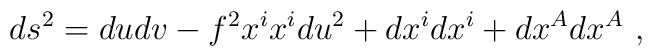
ds^2 = du dv - f^2 x^i x^i d u^2 + d x^i d x^i + d x^A d x^A ~,